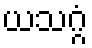
ယသဂ္ဂံ